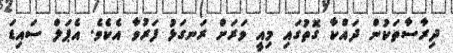
ދިރާސާތަކުން ދައްކާ ގޮތުގައި މިއީ ވަރަށް ރަނގަޅު ފަރުވާ އެކެވެ. އެޕަލް ސައިޑަ